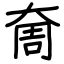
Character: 奝